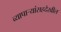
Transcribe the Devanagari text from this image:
व्यापार्‍यांसहदेखील